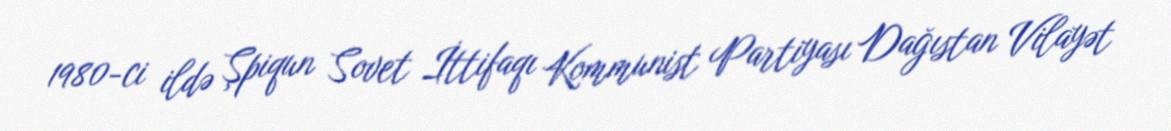
1980-ci ildə Şpiqun Sovet İttifaqı Kommunist Partiyası Dağıstan Vilayət